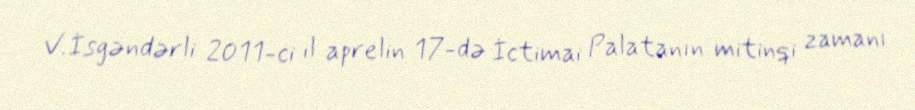
V.İsgəndərli 2011-ci il aprelin 17-də İctimai Palatanın mitinqi zamanı